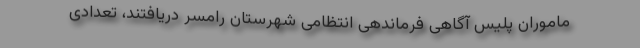
ماموران پلیس آگاهی فرماندهی انتظامی شهرستان رامسر دریافتند، تعدادی